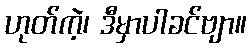
ဟုတ်ကဲ့၊ ဒီမှာပါခင်ဗျာ။